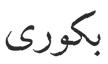
بكورى